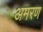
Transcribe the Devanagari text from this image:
अमरण